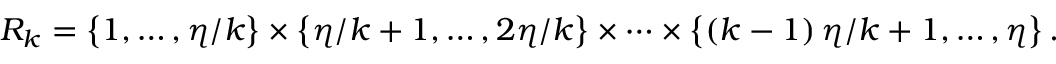
R _ { k } = \left\{ 1 , \ldots , \eta / k \right\} \times \left\{ \eta / k + 1 , \ldots , 2 \eta / k \right\} \times \cdots \times \left\{ \left( k - 1 \right) \eta / k + 1 , \ldots , \eta \right\} .